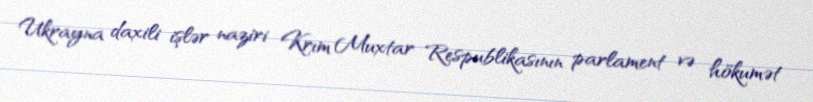
Ukrayna daxili işlər naziri Krım Muxtar Respublikasının parlament və hökumət